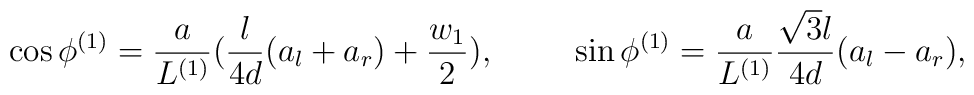
\cos\phi^{(1)} =\frac{a}{L^{(1)}}(\frac{l}{4d}(a_l+a_r)+\frac{w_1}{2}),\hspace{1cm} \sin\phi^{(1)} =\frac{a}{L^{(1)}}\frac{\sqrt{3}l}{4d} (a_l-a_r),